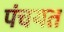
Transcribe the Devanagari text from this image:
पंचयत